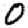
Digit: 0